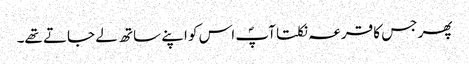
پھر جس کا قرعہ نکلتا آپؐ اس کو اپنے ساتھ لے جاتے تھے۔